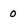
Character: 0